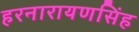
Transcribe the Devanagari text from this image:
हरनारायणसिंह